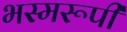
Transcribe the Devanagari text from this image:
भस्मरूपी